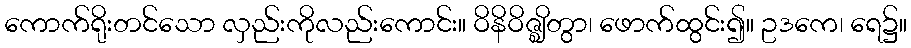
ကောက်ရိုးတင်သော လှည်းကိုလည်းကောင်း။ ဝိနိဝိဇ္ဈိတွာ၊ ဖောက်ထွင်း၍။ ဥဒကေ၊ ရေ၌။